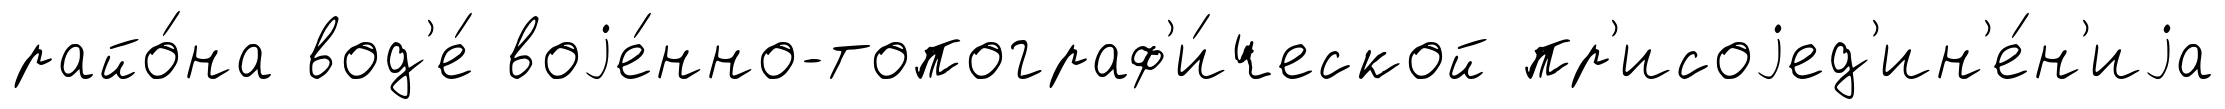
райо́на вод'е́ воjе́нно-топограф'и́ческой пр'исоjед'ин'е́н'иjа